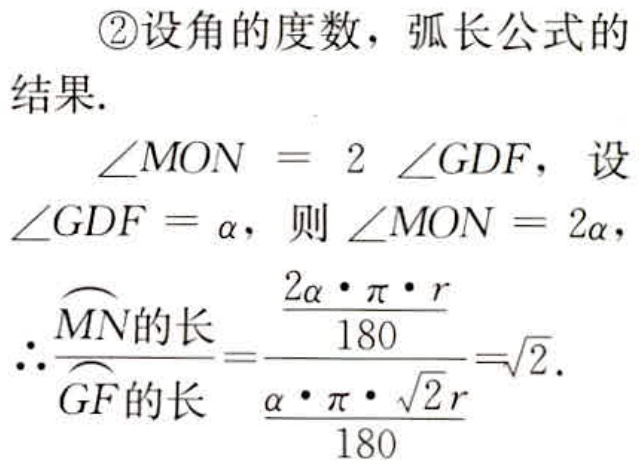
\begin{align*}

&\text{\textcircled{2}设角的度数，弧长公式的}\\

&\text{结果.}\\

&\angle MON = 2\angle GDF，\text{设}\\

&\angle GDF=\alpha，则\angle MON = 2\alpha，\\

&\therefore\frac{\overset{\frown}{MN}\text{的长}}{\overset{\frown}{GF}\text{的长}}=\frac{\frac{2\alpha\cdot\pi\cdot r}{180}}{\frac{\alpha\cdot\pi\cdot\sqrt{2}r}{180}}=\sqrt{2}.

\end{align*}